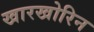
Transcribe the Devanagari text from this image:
खारखोरिन